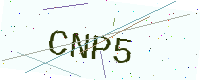
Text: CNP5